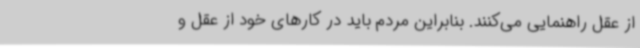
از عقل راهنمایی می‌کنند. بنابراین مردم باید در کارهای خود از عقل و